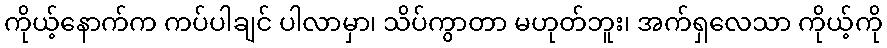
ကိုယ့်နောက်က ကပ်ပါချင် ပါလာမှာ၊ သိပ်ကွာတာ မဟုတ်ဘူး၊ အက်ရှလေသာ ကိုယ့်ကို